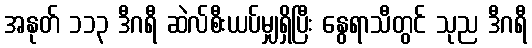
အနုတ် ၁၁၃ ဒီဂရီ ဆဲလ်စီးယပ်မျှရှိပြီး နွေရာသီတွင် သုည ဒီဂရီ